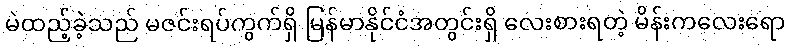
မဲထည့်ခဲ့သည် မဇင်းရပ်ကွက်ရှိ မြန်မာနိုင်ငံအတွင်းရှိ လေးစားရတဲ့ မိန်းကလေးရော